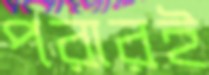
পরারই